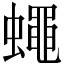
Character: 蠅